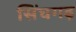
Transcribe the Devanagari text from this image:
सिंघगढ़